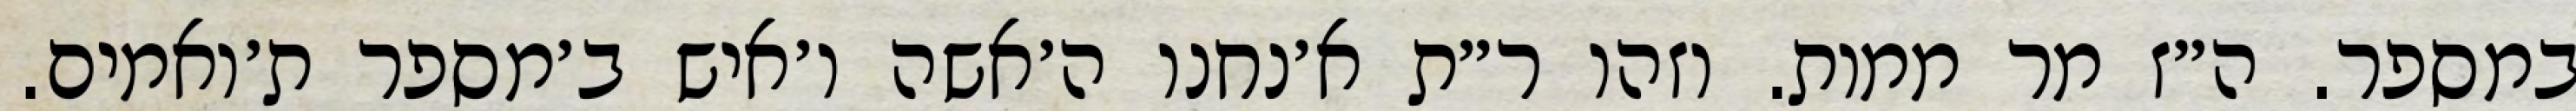
במספר. ה״ז מר ממות. וזהו ר״ת א׳נחנו ה׳אשה ו׳איש ב׳מספר ת׳ואמים.